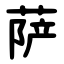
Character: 萨